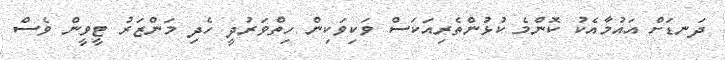
ދަނޑަށް އައުމާއެކު ކޮންމެ ކުޅުންތެރިއަކަސް ވަކިވަކިން ހިތްވަރުދީ ހެދި މަންޒަރު ޓީވީން ވެސް